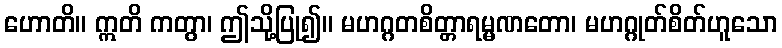
ဟောတိ။ ဣတိ ကတွာ၊ ဤသို့ပြု၍။ မဟဂ္ဂတစိတ္တာရမ္မဏတော၊ မဟဂ္ဂုတ်စိတ်ဟူသော